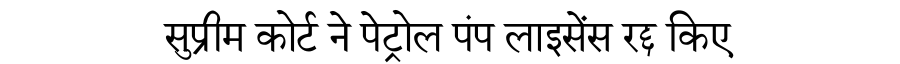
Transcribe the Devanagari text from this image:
सुप्रीम कोर्ट ने पेट्रोल पंप लाइसेंस रद्द किए